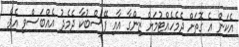
އެކަން އެ ގޮތަށް ދެމެހެއްޓުމަށް ޒިންގާ އާއި ފޭސްބުކާ ދެމެދު އެއްބަސްވި އެވެ.